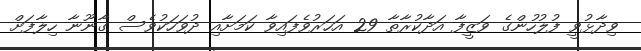
ވިދާޅުވީ ފުލުހުންގެ ވަޒީފާ އަދާކުރާތާ 29 އަހަރުވެފައިވާ ކަމަށާއި ދުވަހަކުވެސް ގާނޫނާ ހިލާފަށް